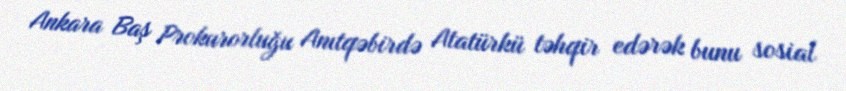
Ankara Baş Prokurorluğu Anıtqəbirdə Atatürkü təhqir edərək bunu sosial